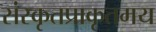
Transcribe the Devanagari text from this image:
संस्कृतप्राकृतमय